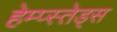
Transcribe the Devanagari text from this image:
हेम्प्स्तेड्स